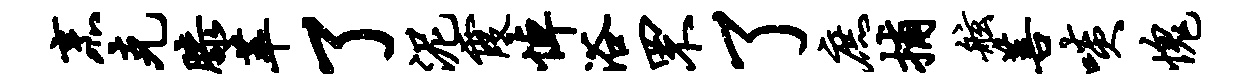
烹克膝萃了泥霞悼浴罘了庶捕舷菩啖愧